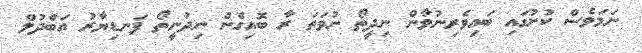
ނަމަވެސް ކުށުގައި ބައިވެރިނުވާން ނިދީތޯ ނުވަތަ ރާ ބޮއިގެން ނިދުނީތޯ ފަނޑިޔާރު އަބްދުލް